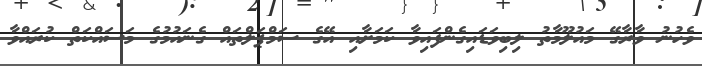
ވެހުނު ވާރާގޭ މައުލޫމާތު ލިބިވަޑައިގެންފައިވާ ކަމަށާއި އޭގެ ސަމްޕަލްތައް ގެނައުމުގެ މަސައްކަތް ކުރައްވާ